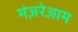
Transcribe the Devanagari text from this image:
मंज़रेआम